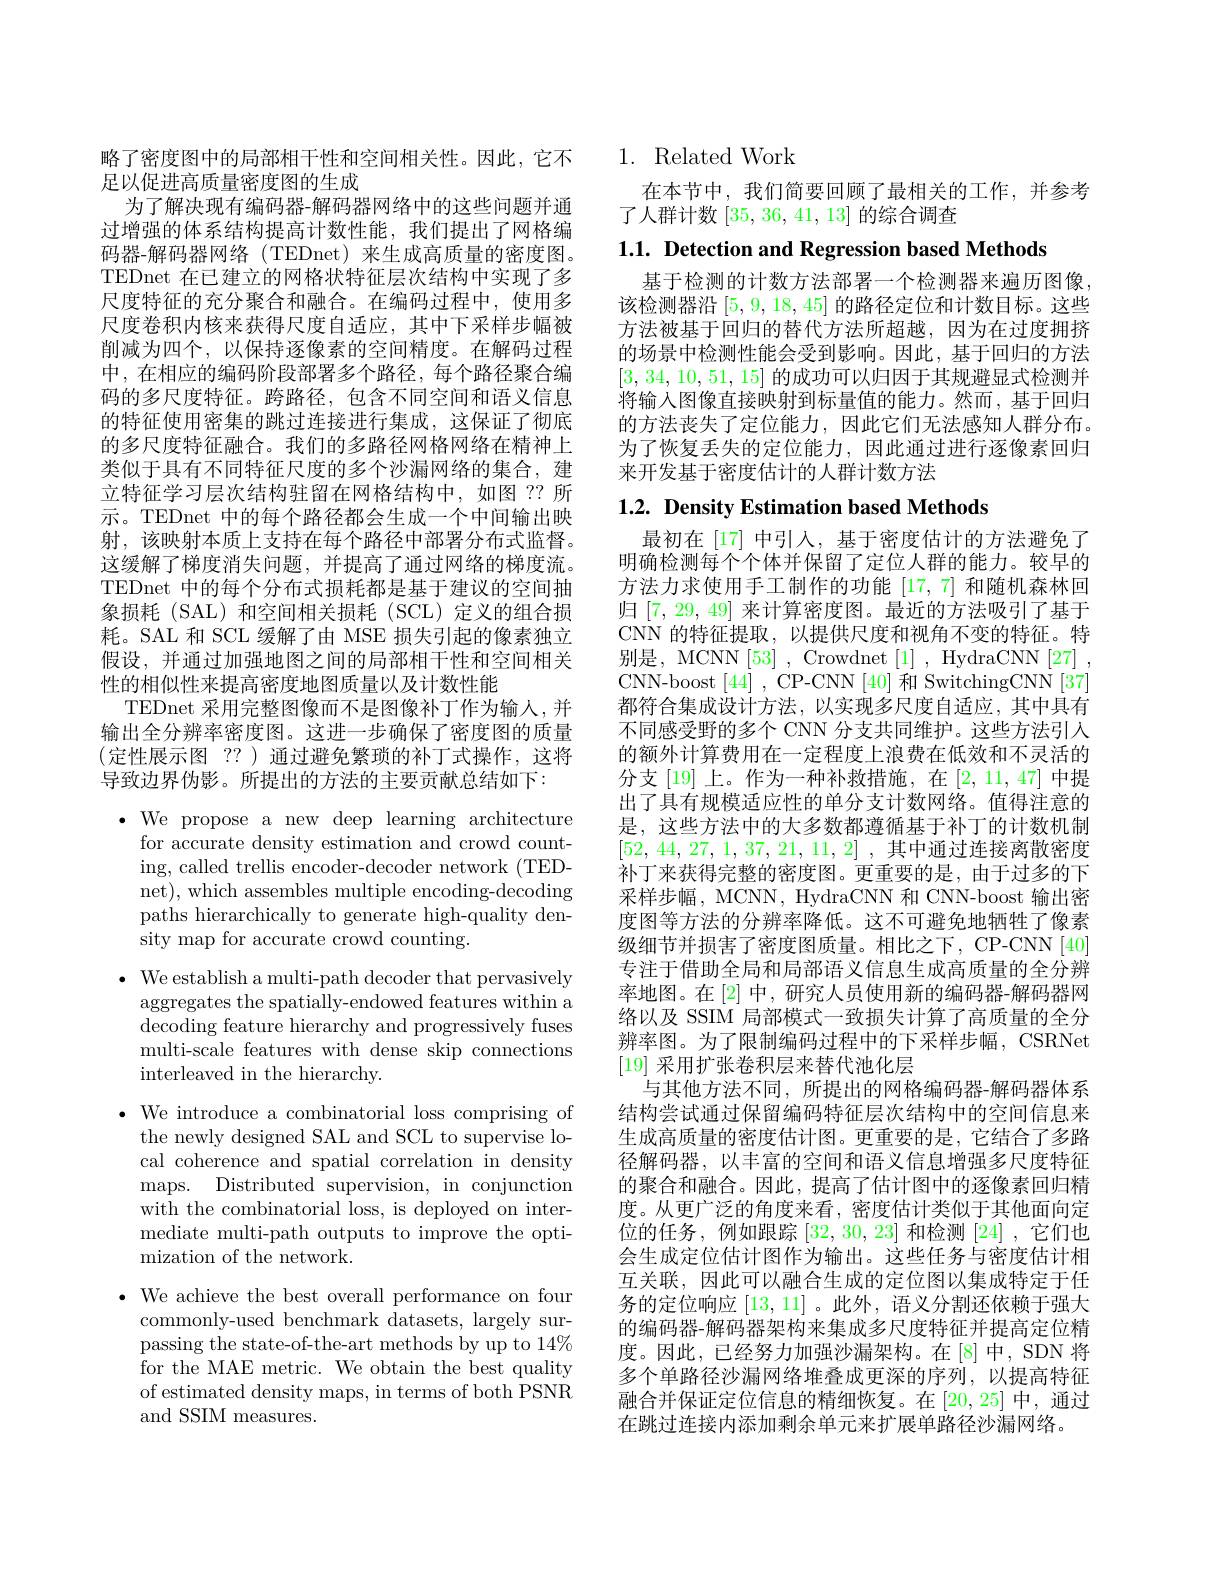
略了密度图中的局部相干性和空间相关性。因此，它不
足以促进高质量密度图的生成
为了解决现有编码器-解码器网络中的这些问题并通过增强的体系结构提高计数性能，我们提出了网格编码器-解码器网络(TEDnet)来生成高质量的密度图。TEDnet 在已建立的网格状特征层次结构中实现了多尺度特征的充分聚合和融合。在编码过程中，使用多尺度卷积内核来获得尺度自适应，其中下采样步幅被削减为四个，以保持逐像素的空间精度。在解码过程中，在相应的编码阶段部署多个路径，每个路径聚合编码的多尺度特征。跨路径，包含不同空间和语义信息的特征使用密集的跳过连接进行集成，这保证了彻底的多尺度特征融合。我们的多路径网格网络在精神上类似于具有不同特征尺度的多个沙漏网络的集合，建立特征学习层次结构驻留在网格结构中，如图？?所示。TEDnet 中的每个路径都会生成一个中间输出映射，该映射本质上支持在每个路径中部署分布式监督。这缓解了梯度消失问题，并提高了通过网络的梯度流。TEDnet 中的每个分布式损耗都是基于建议的空间抽象损耗(SAL)和空间相关损耗(SCL)定义的组合损耗。SAL 和 SCL 缓解了由 MSE 损失引起的像素独立假设，并通过加强地图之间的局部相干性和空间相关性的相似性来提高密度地图质量以及计数性能
TEDnet 采用完整图像而不是图像补丁作为输人，并输出全分辨率密度图。这进一步确保了密度图的质量(定性展示图 ??)通过避免繁琐的补丁式操作，这将导致边界伪影。所提出的方法的主要贡献总结如下：
$\bullet$ We propose a new deep learning architecture

for accurate density estimation and crowd counting, called trellis encoder-decoder network (TEDnet), which assembles multiple encoding-decoding paths hierarchically to generate high-quality density map for accurate crowd counting.

$\bullet$ We establish a multi-path decoder that pervasively
aggregates the spatially-endowed features within a decoding feature hierarchy and progressively fuses multi-scale features with dense skip connections interleaved in the hierarchy.

$\bullet$ We introduce a combinatorial loss comprising of
the newly designed SAL and SCL to supervise local coherence and spatial correlation in density maps. Distributed supervision, in conjunction with the combinatorial loss, is deployed on intermediate multi-path outputs to improve the optimization of the network.

$\bullet$ We achieve the best overall performance on four
commonly-used benchmark datasets, largely surpassing the state-of-the-art methods by up to 14% for the MAE metric. We obtain the best quality of estimated density maps, in terms of both PSNR and SSIM measures.

## 1. Related Work

在本节中，我们简要回顾了最相关的工作，并参考
了人群计数[35,36,41,13]的综合调查

$1. 1. \textbf{ Detection and Regression based Methods}$

基于检测的计数方法部署一个检测器来遍历图像该检测器沿[5,9,18,45]的路径定位和计数目标。这些方法被基于回归的替代方法所超越，因为在过度拥挤的场景中检测性能会受到影响。因此，基于回归的方法[3,34,10,51,15]的成功可以归因于其规避显式检测并将输入图像直接映射到标量值的能力。然而，基于回归的方法丧失了定位能力，因此它们无法感知人群分布。为了恢复丢失的定位能力，因此通过进行逐像素回归来开发基于密度估计的人群计数方法

1.2. Density Estimation based Methods

最初在[17] 中引入，基于密度估计的方法避免了明确检测每个个体并保留了定位人群的能力。较早的方法力求使用手工制作的功能[17,7] 和随机森林回归[7,29,49]来计算密度图。最近的方法吸引了基于CNN 的特征提取，以提供尺度和视角不变的特征。特别是，MCNN[53] , Crowdnet[1] , HydraCNN[27] , CNN-boost[44], CP-CNN[40] 和 SwitchingCNN[37] 都符合集成设计方法，以实现多尺度自适应，其中具有不同感受野的多个 CNN 分支共同维护。这些方法引入的额外计算费用在一定程度上浪费在低效和不灵活的分支[19] 上。作为一种补救措施，在[2,11,47] 中提出了具有规模适应性的单分支计数网络。值得注意的是，这些方法中的大多数都遵循基于补丁的计数机制[52, 44, 27, 1, 37, 21, 11, 2] , 其中通过连接离散密度补丁来获得完整的密度图。更重要的是，由于过多的下采样步幅，MCNN, HydraCNN 和 CNN-boost 输出密度图等方法的分辨率降低。这不可避免地牺牲了像素级细节并损害了密度图质量。相比之下，CP-CNN[40] 专注于借助全局和局部语义信息生成高质量的全分辨率地图。在 [2] 中，研究人员使用新的编码器-解码器网络以及 SSIM 局部模式一致损失计算了高质量的全分辨率图。为了限制编码过程中的下采样步幅，CSRNet [19]采用扩张卷积层来替代池化层
与其他方法不同，所提出的网格编码器-解码器体系结构尝试通过保留编码特征层次结构中的空间信息来生成高质量的密度估计图。更重要的是，它结合了多路径解码器，以丰富的空间和语义信息增强多尺度特征的聚合和融合。因此，提高了估计图中的逐像素回归精度。从更广泛的角度来看，密度估计类似于其他面向定位的任务，例如跟踪[32,30,23]和检测[24] ,它们也会生成定位估计图作为输出。这些任务与密度估计相互关联，因此可以融合生成的定位图以集成特定于任务的定位响应[13,11] 。此外，语义分割还依赖于强大的编码器-解码器架构来集成多尺度特征并提高定位精度。因此，已经努力加强沙漏架构。在[8]中，SDN 将多个单路径沙漏网络堆叠成更深的序列，以提高特征融合并保证定位信息的精细恢复。在[20,25]中，通过在跳过连接内添加剩余单元来扩展单路径沙漏网络。